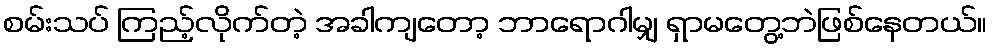
စမ်းသပ် ကြည့်လိုက်တဲ့ အခါကျတော့ ဘာရောဂါမျှ ရှာမတွေ့ဘဲဖြစ်နေတယ်။